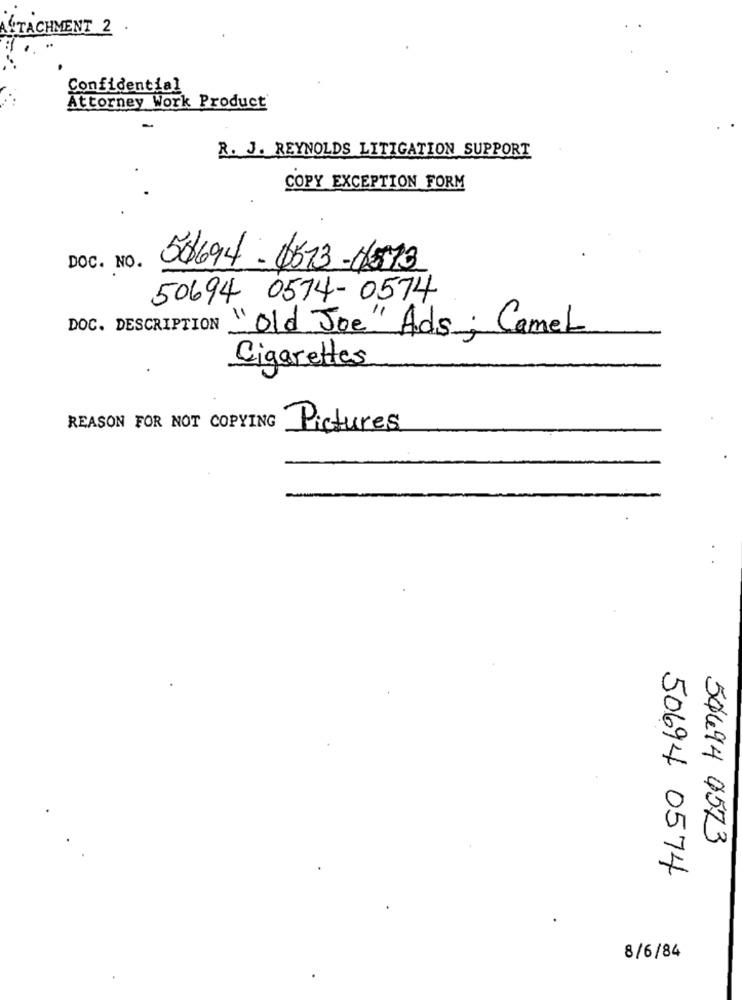
ATTACHMENT 2.
Confidential
Attorney Work Product
R. J. REYNOLDS LITIGATION SUPPORT
COPY EXCEPTION FORM
DOC. NO.
50694- 0573-6573
50694 0574-0574
DOC. DESCRIPTION "Old Joe" Ads; CameL
Cigarettes
REASON FOR NOT COPYING
Pictures
54694 4573
50694 0574
8/6/84